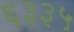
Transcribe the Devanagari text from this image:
६३३५